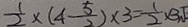
\frac { 1 } { 2 } \times ( 4 - \frac { 5 } { 2 } ) \times 3 = \frac { 1 } { 2 } \times 3 \sqrt { 2 }